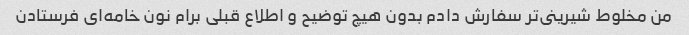
من مخلوط شیرینى‌تر سفارش دادم بدون هیچ توضیح و اطلاع قبلی برام نون خامه‌ای فرستادن